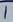
Text: 1